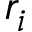
r _ { i }